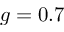
g = 0 . 7